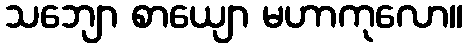
သဘျော စာယျော မဟာကုလော။